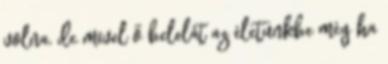
volna, de mivel ő belelát az életünkbe még ha